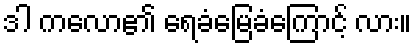
ဒါ ကလော၏ ရေခံမြေခံကြောင့် လား။